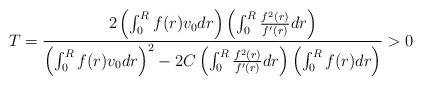
\begin{align*}T=\displaystyle\frac{2\left( \int_{0}^{R}f(r)v_{0}dr\right) \left( \int_{0}^{R}\frac{f^{2}(r)}{{f}^{\prime}(r)}dr\right) }{\left( \int_{0}^{R}f(r)v_{0}dr\right) ^{2}-2C\left( \int_{0}^{R}\frac{f^{2}(r)}{{f}^{\prime}(r)}dr\right) \left( \int_{0}^{R}f(r)dr\right) }>0\end{align*}